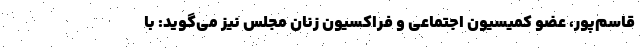
قاسم‌پور، عضو کمیسیون اجتماعی و فراکسیون زنان مجلس نیز می‌گوید: با